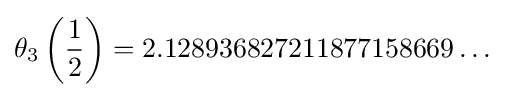
\theta _{3}\left({\frac {1}{2}}\right)=2.128936827211877158669\ldots